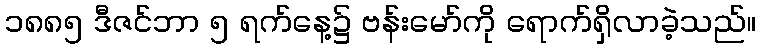
၁၈၈၅ ဒီဇင်ဘာ ၅ ရက်နေ့၌ ဗန်းမော်ကို ရောက်ရှိလာခဲ့သည်။